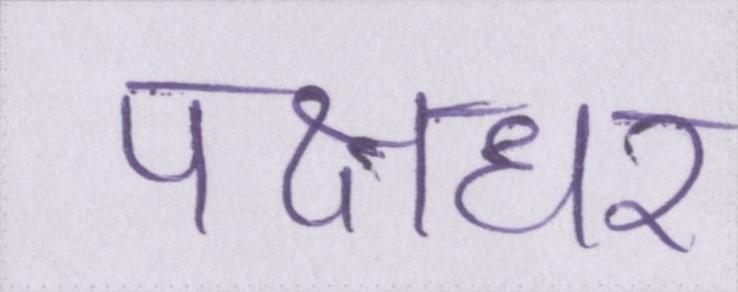
पक्षधर